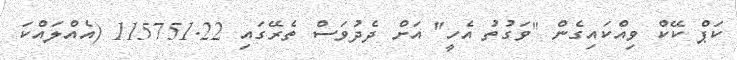
ކަޕް ކޭކް ވިއްކައިގެން "ވަގުތު އެހީ" އަށް ދެދުވަސް ތެރޭގައި 115751.22 (އެއްލައްކަ